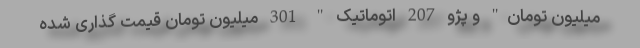
میلیون تومان" و پژو 207 اتوماتیک " 301 میلیون تومان قیمت گذاری شده